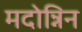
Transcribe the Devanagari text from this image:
मदोन्निन